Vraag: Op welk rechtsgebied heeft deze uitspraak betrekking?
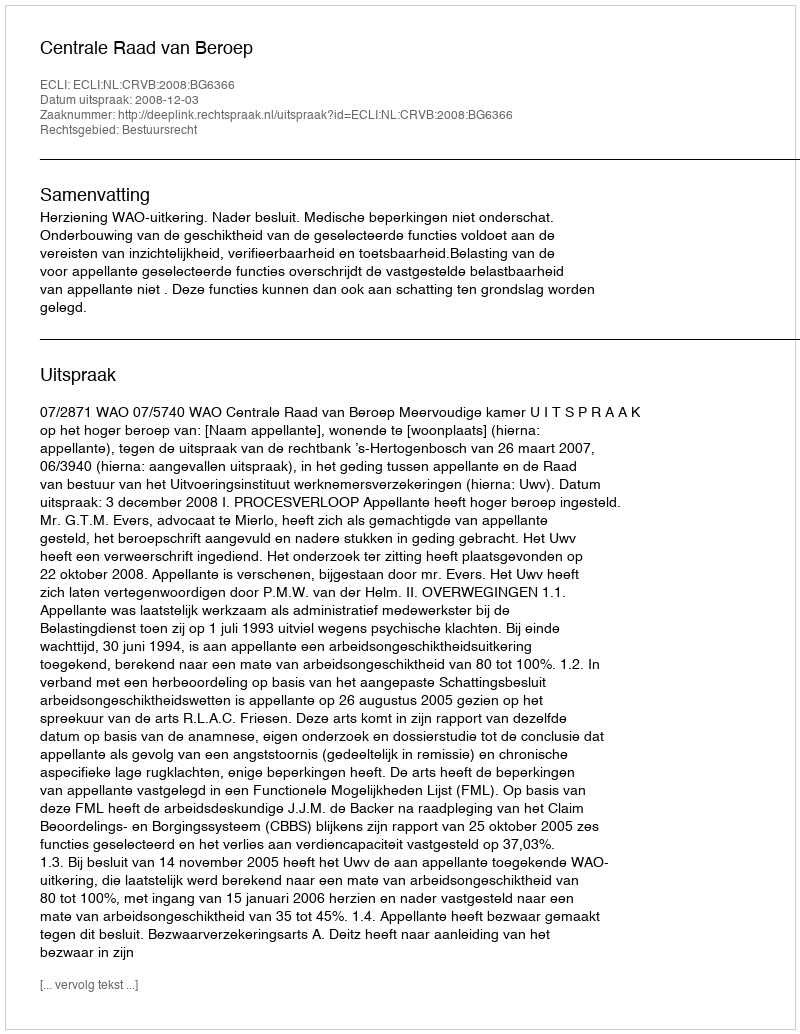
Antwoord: Bestuursrecht